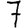
Digit: 7